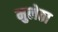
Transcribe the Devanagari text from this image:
मुलेठा